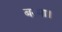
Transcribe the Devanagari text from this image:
बरमा।